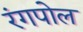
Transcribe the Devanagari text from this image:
रंगपोल